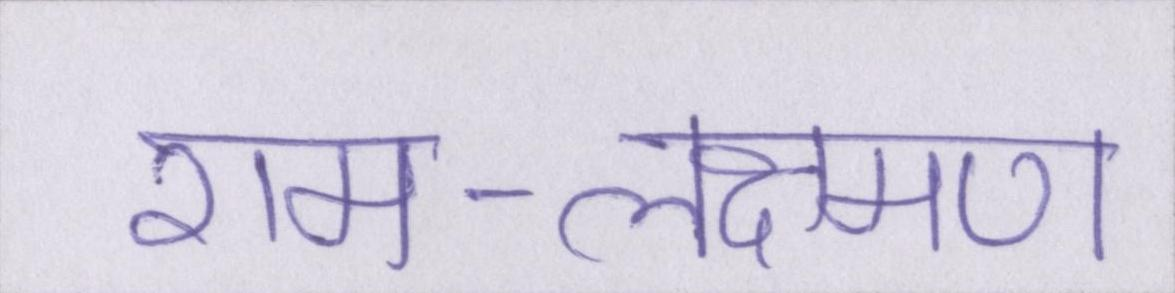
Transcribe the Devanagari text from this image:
राम-लक्ष्मण